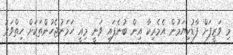
މި ވަޒީފަށް ފާޑުކިޔަމުން އެމެރިކާ އިން ބުނެފައި ވަނީ މިއީ ހަމަނުޖެހުންތަކަށް ހިތްވަރު